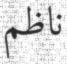
ناظم